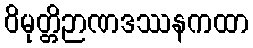
ဝိမုတ္တိဉာဏဒဿနကထာ